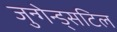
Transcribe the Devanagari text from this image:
जुन्गेन्ड्सटिल